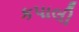
કપાલી